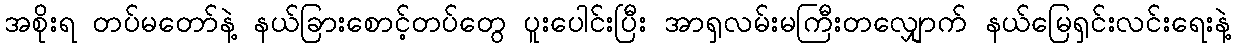
အစိုးရ တပ်မတော်နဲ့ နယ်ခြားစောင့်တပ်တွေ ပူးပေါင်းပြီး အာရှလမ်းမကြီးတလျှောက် နယ်မြေရှင်းလင်းရေးနဲ့